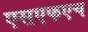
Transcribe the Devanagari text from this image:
एसएफएच